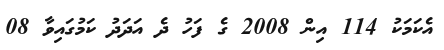
އެކަމަކު 114 އިން 2008 ގެ ފަހު ދެ އަދަދު ކަމުގައިވާ 08